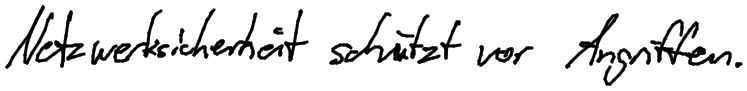
Netzwerksicherheit schützt vor Angriffen.